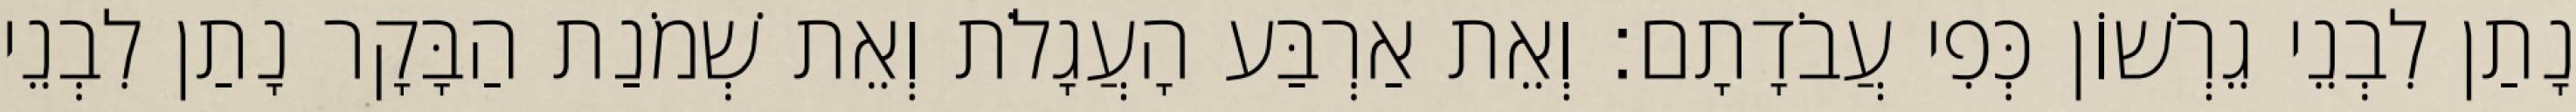
נָתַן לִבְנֵי גֵרְשׁוֹן כְּפִי עֲבֹדָתָם׃ וְאֵת אַרְבַּע הָעֲגָלֹת וְאֵת שְׁמֹנַת הַבָּקָר נָתַן לִבְנֵי